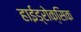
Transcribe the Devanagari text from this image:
हाईड्रोक्सिक